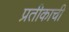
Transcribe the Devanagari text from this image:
प्रतीकाची